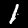
Digit: 1